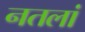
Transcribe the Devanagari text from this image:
नतलां